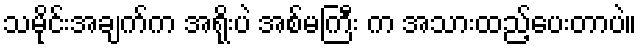
သမိုင်းအချက်က အရိုးပဲ အစ်မကြီး က အသားထည့်ပေးတာပဲ။